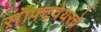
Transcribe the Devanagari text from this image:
स़ॉफ्टवेयरचे